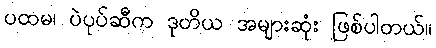
ပထမ၊ ပဲပုပ်ဆီက ဒုတိယ အများဆုံး ဖြစ်ပါတယ်။